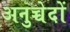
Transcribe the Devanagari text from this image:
अनुच्चेदों